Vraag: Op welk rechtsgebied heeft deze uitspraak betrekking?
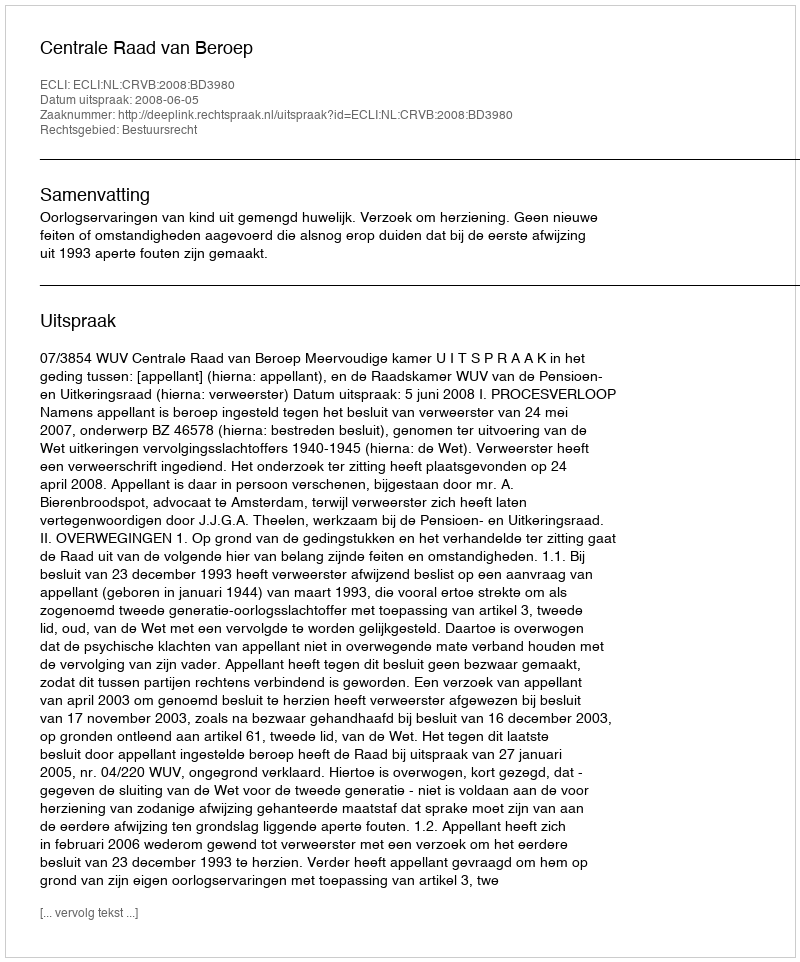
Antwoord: Bestuursrecht